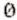
0